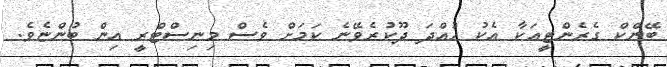
ބޭންކް ގެރެންޓީއަކާ އެކު ހުއްދަ ދޫކުރެވޭނެ ކަމަށް ވެސް މިނިސްޓްރީ އިން ބުންޏެވެ.